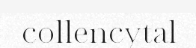
collencytal